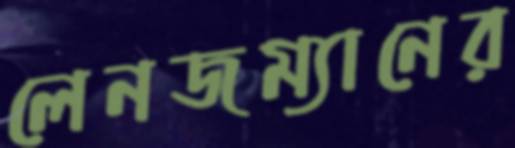
লেনজম্যানের